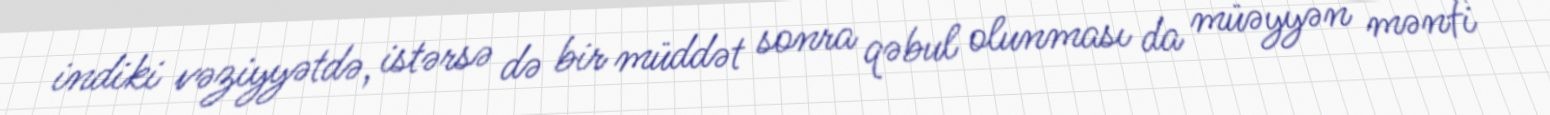
indiki vəziyyətdə, istərsə də bir müddət sonra qəbul olunması da müəyyən mənfi